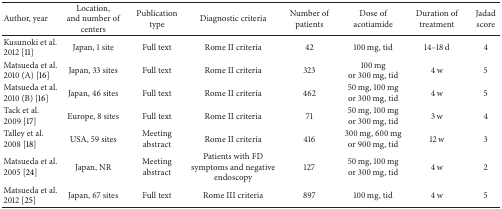
| Author, year | Location, and number of centers | Publication type | Diagnostic criteria | Number of patients | Dose of acotiamide | Duration of treatment | Jadad score |
 | --- | --- | --- | --- | --- | --- | --- | --- |
 | Kusunoki et al. 2012 [11] | Japan, 1 site | Full text | Rome II criteria | 42 | 100 mg, tid | 14–18 d | 4 |
 | Matsueda et al. 2010 (A) [16] | Japan, 33 sites | Full text | Rome II criteria | 323 | 100 mg or 300 mg, tid | 4 w | 5 |
 | Matsueda et al. 2010 (B) [16] | Japan, 46 sites | Full text | Rome II criteria | 462 | 50 mg, 100 mg or 300 mg, tid | 4 w | 5 |
 | Tack et al. 2009 [17] | Europe, 8 sites | Full text | Rome II criteria | 71 | 50 mg, 100 mg or 300 mg, tid | 3 w | 4 |
 | Talley et al. 2008 [18] | USA, 59 sites | Meeting abstract | Rome II criteria | 416 | 300 mg, 600 mg or 900 mg, tid | 12 w | 3 |
 | Matsueda et al. 2005 [24] | Japan, NR | Meeting abstract | Patients with FD symptoms and negative endoscopy | 127 | 50 mg, 100 mg or 300 mg, tid | 4 w | 2 |
 | Matsueda et al. 2012 [25] | Japan, 67 sites | Full text | Rome III criteria | 897 | 100 mg, tid | 4 w | 5 |